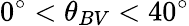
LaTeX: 0^{\circ}<\theta_{BV}<40^{\circ}